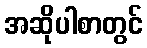
အဆိုပါစာတွင်